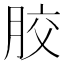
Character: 㬵